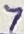
Text: 7